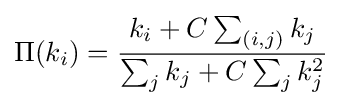
\Pi (k_{i})={\frac {k_{i}+C\sum _{(i,j)}k_{j}}{\sum _{j}k_{j}+C\sum _{j}k_{j}^{2}}}